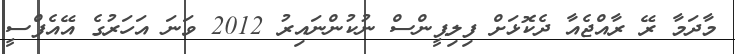
މާދަމާ ރޭ ރާއްޖެއާ ދެކޮޅަށް ފިލިޕީންސް ނުކުންނައިރު 2012 ވަނަ އަހަރުގެ އޭއެފްސީ